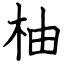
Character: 柚